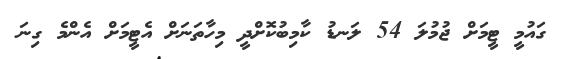
ގައުމީ ޓީމަށް ޖުމުލަ 54 ލަނޑު ކާމިބުކޮށްދީ މިހާތަނަށް އެޓީމަށް އެންމެ ގިނަ